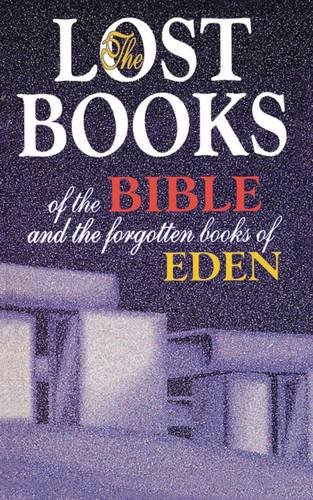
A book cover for Lost Books of the Bible and the Forgotten Books of Eden; Thomas Nelson; Christian Books & Bibles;